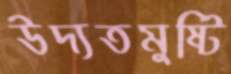
উদ্যতমুষ্টি